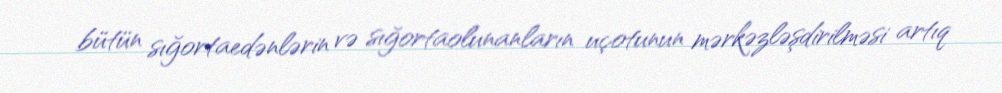
bütün sığortaedənlərin və sığortaolunanların uçotunun mərkəzləşdirilməsi artıq